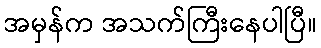
အမှန်က အသက်ကြီးနေပါပြီ။